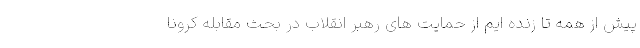
پیش از همه تا زنده ایم از حمایت های رهبر انقلاب در بحث مقابله کرونا